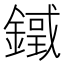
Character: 𨫓